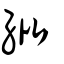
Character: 紕